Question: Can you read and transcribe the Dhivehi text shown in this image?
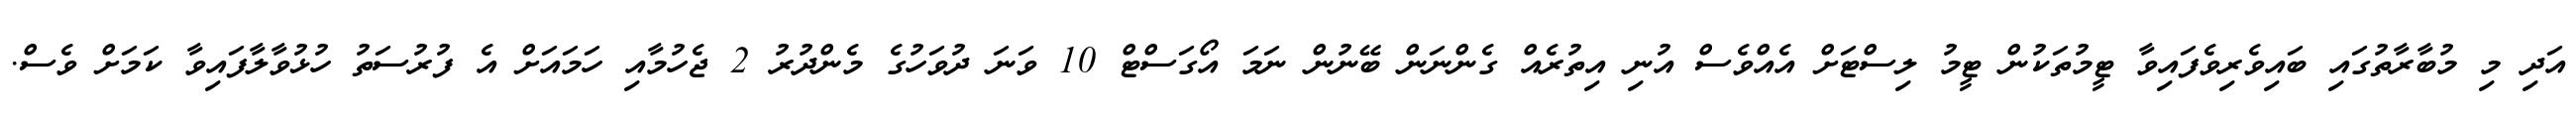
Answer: އަދި މި މުބާރާތުގައި ބައިވެރިވެފައިވާ ޓީމުތަކުން ޓީމު ލިސްޓަށް އެއްވެސް އުނި އިތުރެއް ގެންނަން ބޭނުން ނަމަ އޯގަސްޓް 10 ވަނަ ދުވަހުގެ މެންދުރު 2 ޖެހުމާއި ހަމައަށް އެ ފުރުސަތު ހުޅުވާލާފައިވާ ކަމަށް ވެސް.